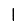
Digit: 1